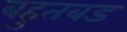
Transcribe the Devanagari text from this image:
बहुतबड